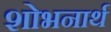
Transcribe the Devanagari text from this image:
शोभनार्थ